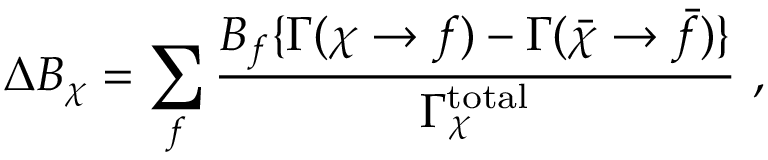
\Delta B _ { \chi } = \sum _ { f } \frac { B _ { f } \{ \Gamma ( \chi \to f ) - \Gamma ( \bar { \chi } \to \bar { f } ) \} } { \Gamma _ { \chi } ^ { \mathrm { t o t a l } } } ~ ,